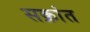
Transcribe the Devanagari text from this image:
सक्रांत